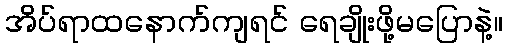
အိပ်ရာထနောက်ကျရင် ရေချိုးဖို့မပြောနဲ့။